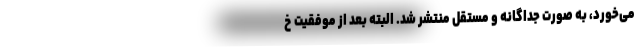
می‌‌خورد، به صورت جداگانه و مستقل منتشر شد. البته بعد از موفقیت خ